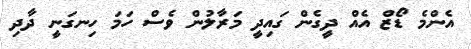
އެންމެ ޑޯޒް އެއް ދީގެން ގައިދީ މަރާލުން ވެސް ހަމަ ހިނގަނީ ދާދި